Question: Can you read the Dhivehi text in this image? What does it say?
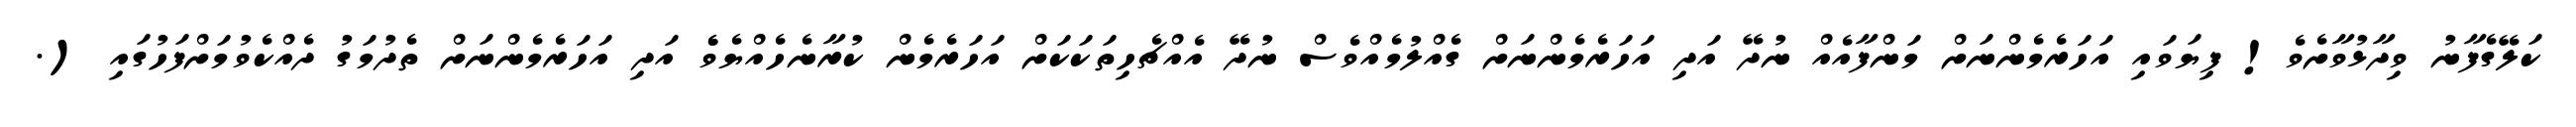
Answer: ކަލޭގެފާނު ވިދާޅުވާށެވެ! ފިޔަވައި އަހަރެމެންނަށް މަންފާއެއް ނުދޭ އަދި އަހަރެމެންނަށް ގެއްލުމެއްވެސް ނުދޭ އެއްޗެހިތަކަކަށް އަހަރެމެން ކުރާނެހެއްޔެވެެ އަދި އަހަރެމެންނަށް ތެދުމަގު ދެއްކެވުމަށްފަހުގައި (.